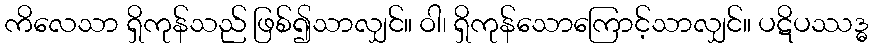
ကိလေသာ ရှိကုန်သည် ဖြစ်၍သာလျှင်။ ဝါ၊ ရှိကုန်သောကြောင့်သာလျှင်။ ပဋိပဿဒ္ဓ